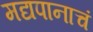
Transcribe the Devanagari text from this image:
मद्यपानाचं